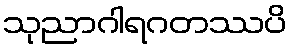
သုညာဂါရဂတဿပိ